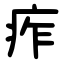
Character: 痄